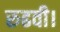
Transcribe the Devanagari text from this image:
रुढवी।